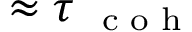
\approx \tau { _ { \mathrm { ~ \scriptsize ~ c ~ o ~ h ~ } } }